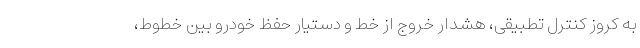
به کروز کنترل تطبیقی، هشدار خروج از خط و دستیار حفظ خودرو بین خطوط،